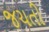
જચતી